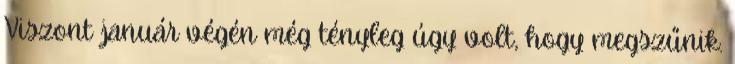
Viszont január végén még tényleg úgy volt, hogy megszűnik.